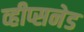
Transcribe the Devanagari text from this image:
व्हीप्सनेड